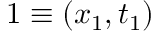
1 \equiv ( \boldsymbol { x } _ { 1 } , t _ { 1 } )